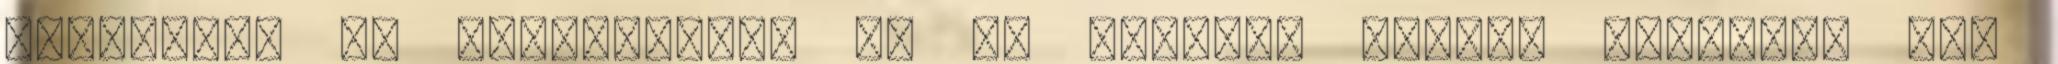
teremtünk Az ÉletEnergia és az ÉletErő "Semmi olyanról nem